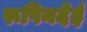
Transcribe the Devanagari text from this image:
रूपिनदेई